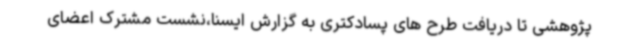
پژوهشی تا دریافت طرح های پسادکتری به گزارش ایسنا،نشست مشترک اعضای